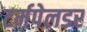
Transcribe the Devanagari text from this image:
टर्मपेलडर